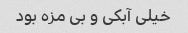
خیلی آبکی و بی مزه بود